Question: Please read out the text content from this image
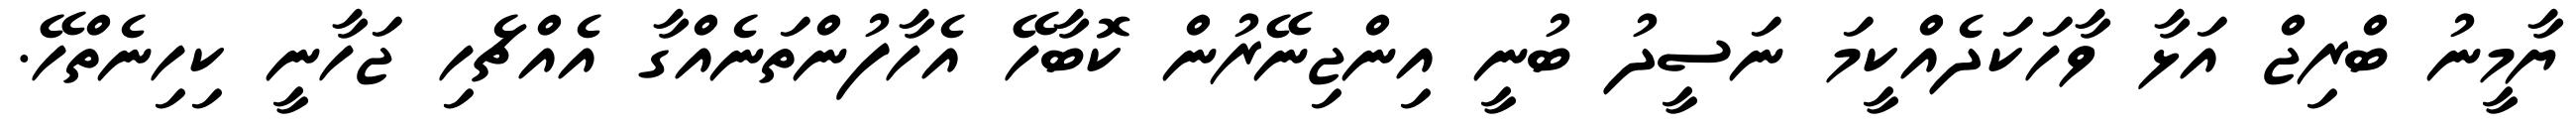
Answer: ޔާމީނު ބްރިޖް އަޅާ ވާހަކަދެއްކީމަ ނަސީދު ބުނީ އިންޖިނޭރުން ކޮބާހޭ އެހާފުންތަނެއްގާ އެއްޗެހި ޖަހާނީ ކިހިނެތްހޭ.